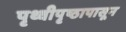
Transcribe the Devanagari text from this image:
पृथ्वीपृष्ठापासून